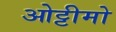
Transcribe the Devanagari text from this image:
ओट्टीमो